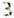
3